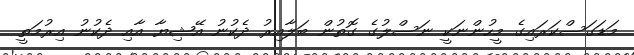
މަޑަގަސްކަރައިގެ މީހުންނަކީ ނަސްލުގެ ގޮތުން ބަލާއިރު ދެކުނު އޭޝިޔާ އާއި ދެކުނު އިރުމަތީ